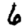
Digit: 6